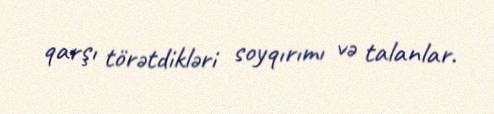
qarşı törətdikləri soyqırımı və talanlar.